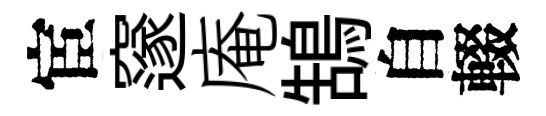
宦邃庵鵠自輟